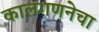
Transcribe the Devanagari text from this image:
कालगणनेचा